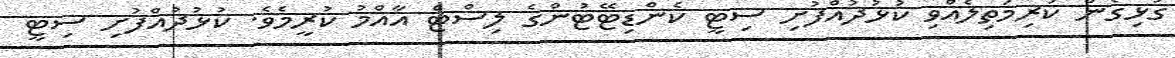
ގުޅިގެން ކުރިމަތިލެއްވި ކުޅުދުއްފުށި ސިޓީ ކެންޑިޓޭޓުންގެ ލިސްޓް އާއްމު ކުރީމެވެ. ކުޅުދުއްފުށި ސިޓީ